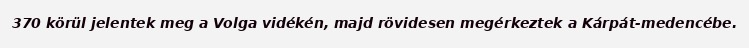
370 körül jelentek meg a Volga vidékén, majd rövidesen megérkeztek a Kárpát-medencébe.